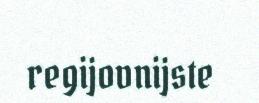
regijovnijste